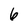
Character: 6